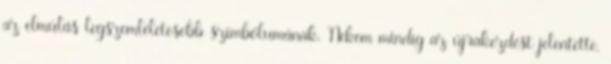
az elmúlás legszemléletesebb szimbólumának. Nekem mindig az újrakezdést jelentette,